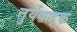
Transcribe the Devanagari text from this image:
तुर्यवाद्क